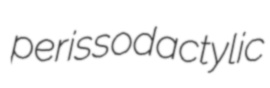
perissodactylic